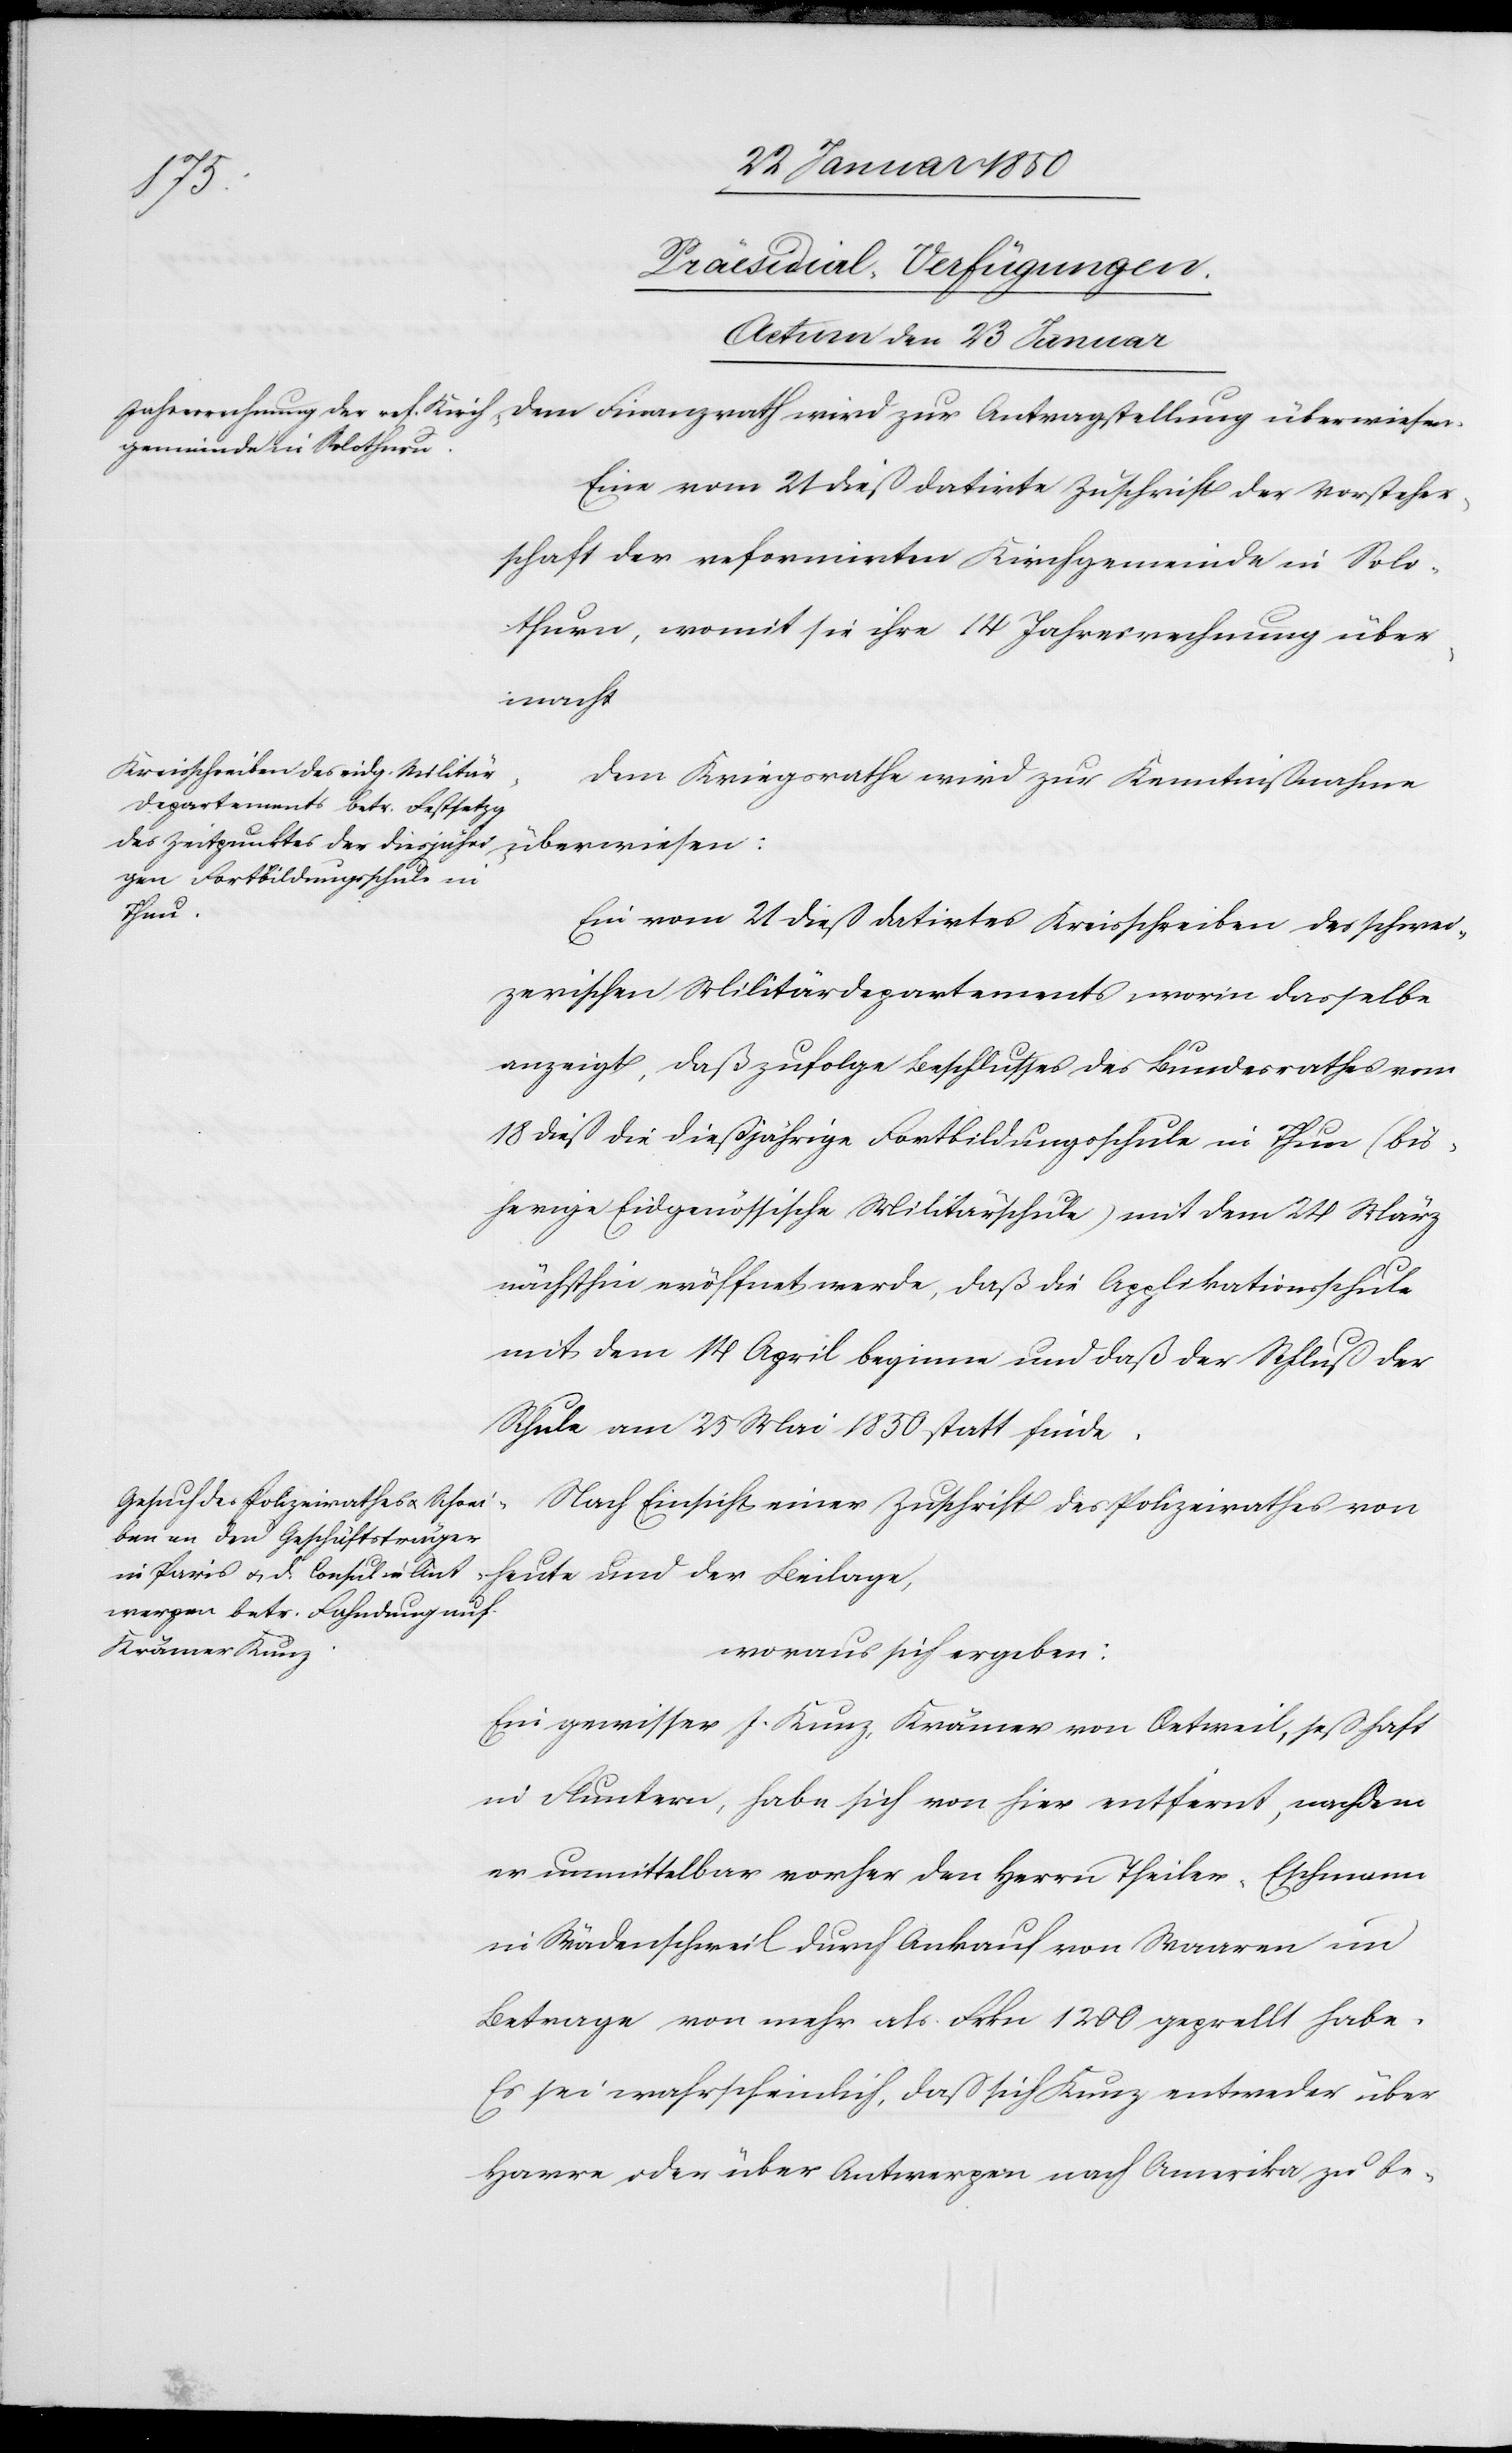
[Praesidial-Verfügungen.
Actum den 23 Januar]
Eine vom 21 dieß datirte Zuschrift der Vorsteher¬
schaft der reformirten Kirchgemeinde in Solo¬
thurn, womit sie ihre 14 Jahresrechnung über¬
macht
Dem Kriegsrathe wird zur Kenntnißnahme
en:
Ein vom 21 dieß datirtes Kreisschreiben des schwei¬
zerischen Militärdepartements, worin dasselbe
anzeigt, daß zufolge Beschlusses des Bundesrathes vom
18 dieß die dießjährige Fortbildungsschule in Thun (bis¬
herige Eidgenössische Militärschule) mit dem 24 März
nächsthin eröffnet werde, daß die Applikationsschule
mit dem 14 April beginne und daß der Schluß der
Schule am 25 Mai 1850 statt finde.
wies¬
Nach Einsicht einer Zuschrift des Polizeirathes von
heute und der Beilage,
woraus sich ergeben:
Ein gewisser J. Kunz, Krämer von Oetweil, seßhaft
in Fluntern, habe sich von hier entfernt, nachdem
er unmittelbar vorher den Herrn Theiler-Eschmann
in Wädenschweil durch Ankauf von Waaren im
Betrage von mehr als Frkn 1200 geprellt habe.
Es sei wahrscheinlich, daß sich Kunz entweder über
Harre oder über Antwerpen nach Amerika zu be-